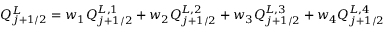
\begin{array} { r } { Q _ { j + 1 / 2 } ^ { L } = w _ { 1 } Q _ { j + 1 / 2 } ^ { L , 1 } + w _ { 2 } Q _ { j + 1 / 2 } ^ { L , 2 } + w _ { 3 } Q _ { j + 1 / 2 } ^ { L , 3 } + w _ { 4 } Q _ { j + 1 / 2 } ^ { L , 4 } } \end{array}